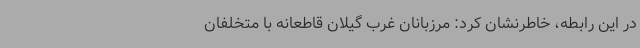
در این رابطه، خاطرنشان کرد: مرزبانان غرب گیلان قاطعانه با متخلفان